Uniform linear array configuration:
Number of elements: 8
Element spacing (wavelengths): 1
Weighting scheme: binomial
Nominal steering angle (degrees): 60
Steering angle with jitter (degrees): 59.091
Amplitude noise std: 0.05
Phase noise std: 0.05

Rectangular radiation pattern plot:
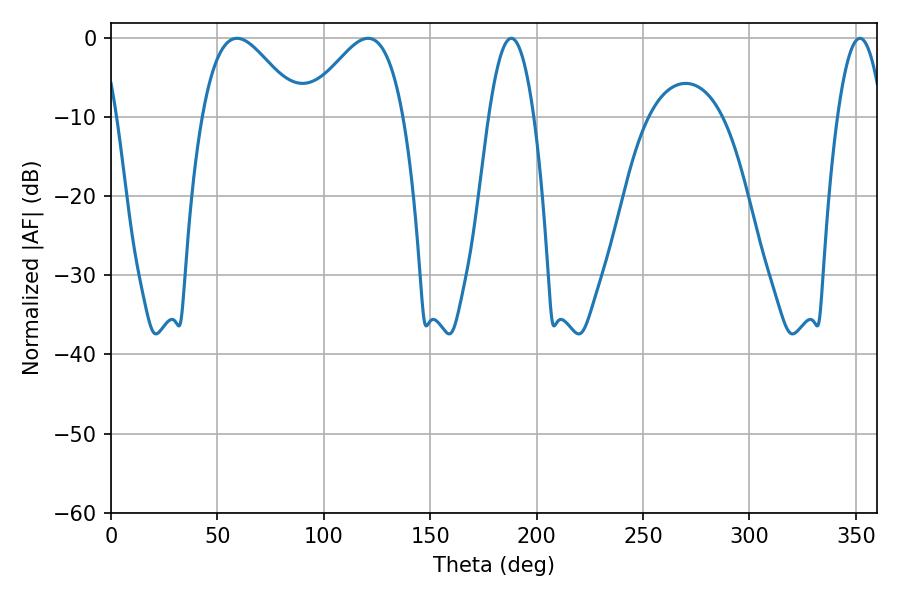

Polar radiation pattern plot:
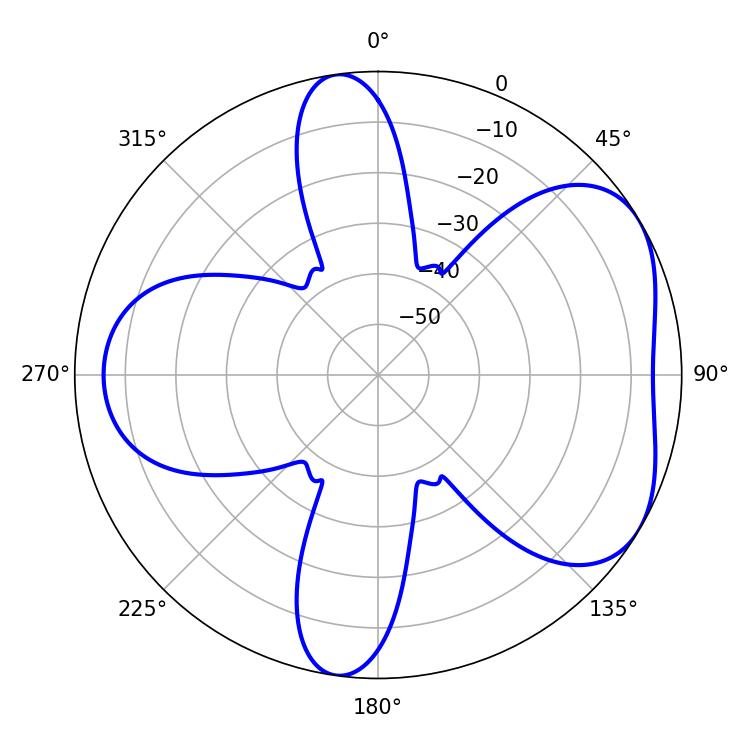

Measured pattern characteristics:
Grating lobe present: TRUE
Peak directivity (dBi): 4.978
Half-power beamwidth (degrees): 24.48
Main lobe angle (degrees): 59.22